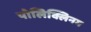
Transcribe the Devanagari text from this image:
पोलिक्लिनम